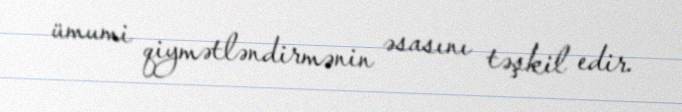
ümumi qiymətləndirmənin əsasını təşkil edir.